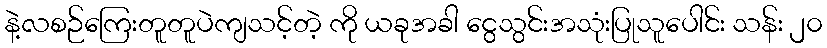
နဲ့လစဉ်ကြေးတူတူပဲကျသင့်တဲ့ ကို ယခုအခါ ငွေသွင်းအသုံးပြုသူပေါင်း သန်း ၂၀